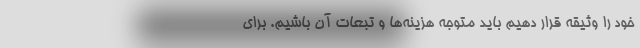
خود را وثیقه قرار دهیم باید متوجه هزینه‌ها و تبعات آن باشیم. برای